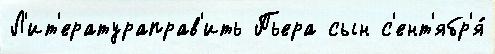
Л'ит'ератураправ'ить Пьера сын с'ент'ябр'я́